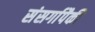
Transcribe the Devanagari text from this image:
संसर्गापैकी